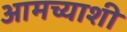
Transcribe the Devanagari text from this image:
आमच्याशी